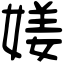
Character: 𡟜